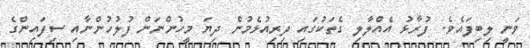
ވަނީ ލިބިފައެވެ. ފުރާޅު އެއްލާލި ގެތަކުގައި ދިރިއުޅެމުން ދިޔަ މީހުންނަން ފުލުހުންނާއި ސިފައިންގެ